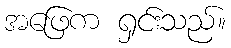
အဖြေက ရှင်းသည်။